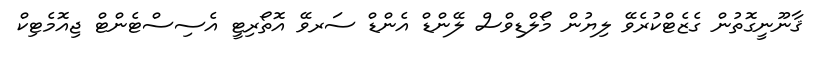
ޤާނޫނީގޮތުން ގެޒެޓްކުރެވޭ ލިޔުން މޯލްޑިވްސް ލޭންޑް އެންޑް ސަރވޭ އޮތޯރިޓީ އެސިސްޓެންޓް ޖިއޮމެޓިކް